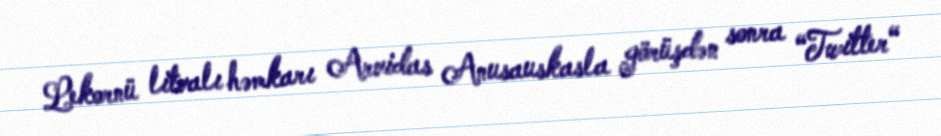
Lekornü litvalı həmkarı Arvidas Anusauskasla görüşdən sonra “Twitter“